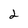
Character: 2